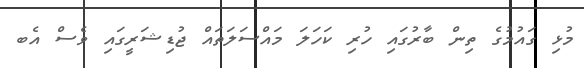
މުޅި ގައުމުގެ ތިން ބާރުގައި ހުރި ކަހަލަ މައްސަލަތައް ޖުޑިޝަރީގައި ވެސް އެބ